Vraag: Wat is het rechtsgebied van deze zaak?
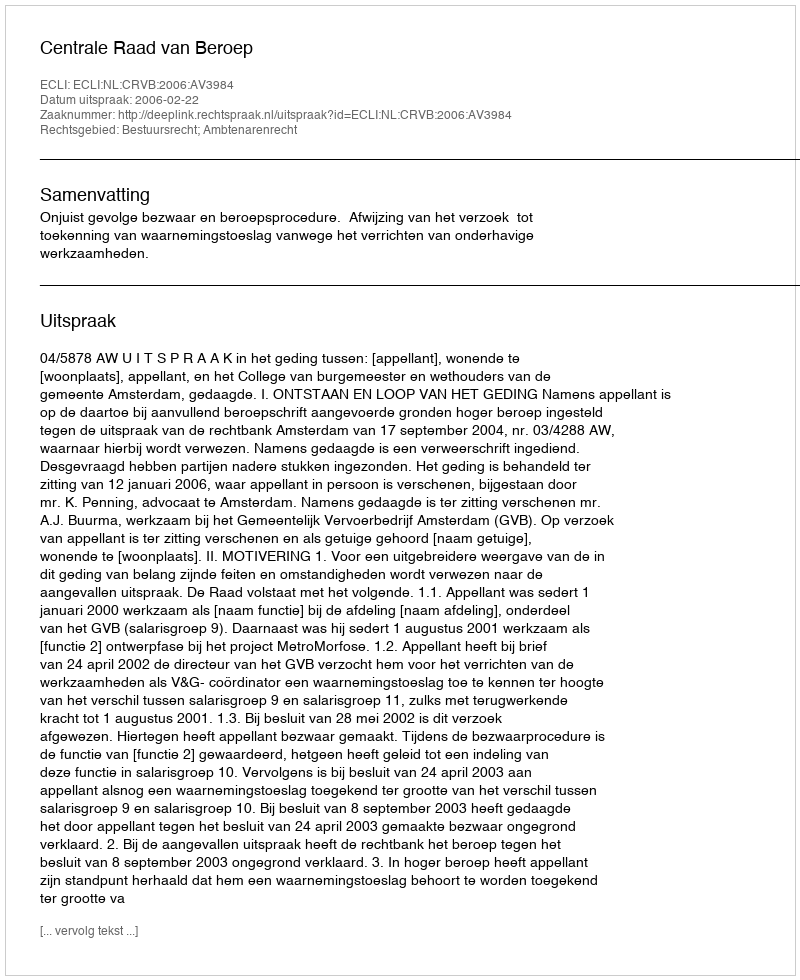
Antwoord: Bestuursrecht; Ambtenarenrecht